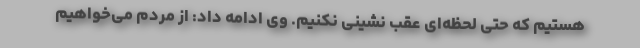
هستیم که حتی لحظه‌ای عقب نشینی نکنیم. وی ادامه داد: از مردم می‌خواهیم